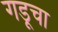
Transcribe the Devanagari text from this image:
गडूचा